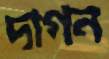
দাগন